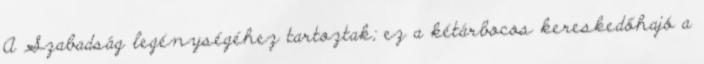
A Szabadság legénységéhez tartoztak; ez a kétárbocos kereskedőhajó a